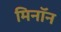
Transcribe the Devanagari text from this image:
मिनॉन